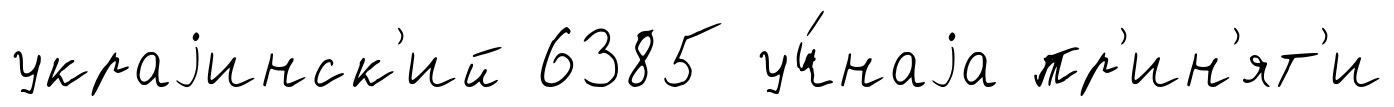
украjинск'ий 6385 уч́наjа пр'ин'ят'и